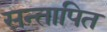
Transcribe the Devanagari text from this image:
सन्तापित